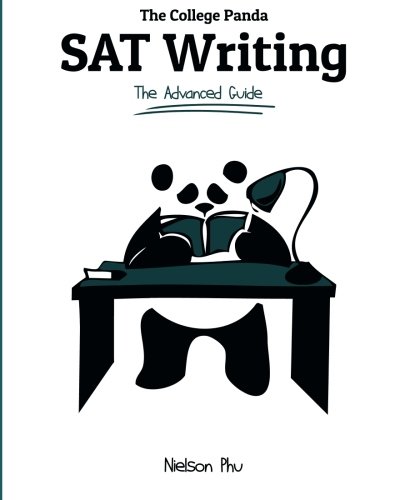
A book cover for The College Panda's SAT Writing: An Advanced Essay and Grammar Guide from a Perfect Scorer; Nielson Phu; Test Preparation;